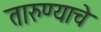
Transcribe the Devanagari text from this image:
तारुण्याचे